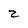
Character: z